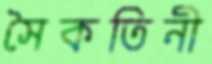
সৈকতিনী